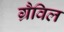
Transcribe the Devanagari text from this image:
ग्रैविल